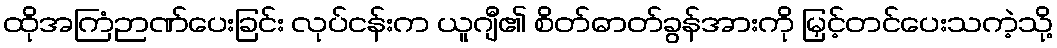
ထိုအကြံဉာဏ်ပေးခြင်း လုပ်ငန်းက ယူဂျီ၏ စိတ်ဓာတ်ခွန်အားကို မြှင့်တင်ပေးသကဲ့သို့